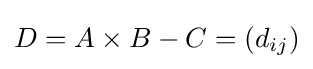
D=A\times B-C=(d_{ij})